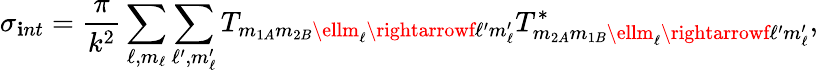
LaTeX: \sigma_{\mathbf{i}nt}=\frac{{\pi}}{{k^{2}}}\sum_{\ell,m_{\ell}}\sum_{\ell^{\prime},m_{\ell}^{\prime}}T_{m_{1A}m_{2B}\ellm_{\ell}\rightarrowf\ell^{\prime}m_{\ell}^{\prime}}T_{m_{2A}m_{1B}\ellm_{\ell}\rightarrowf\ell^{\prime}m_{\ell}^{\prime}}^{*},